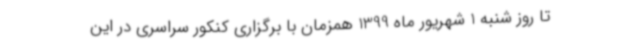
تا روز شنبه 1 شهریور ماه 1399 همزمان با برگزاری کنکور سراسری در این